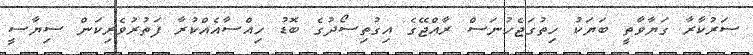
ސަރުކާރާ ގަޔާވާތީ ބަޔަކު ހިތުގަޖެހުނަސް ރާއްޖޭގެ އިގުތިސޯދުގެ ބޮޑު ހިއްސާއެއްކުރާ ފަތުރުވެރިކަން ސިޔާސީ